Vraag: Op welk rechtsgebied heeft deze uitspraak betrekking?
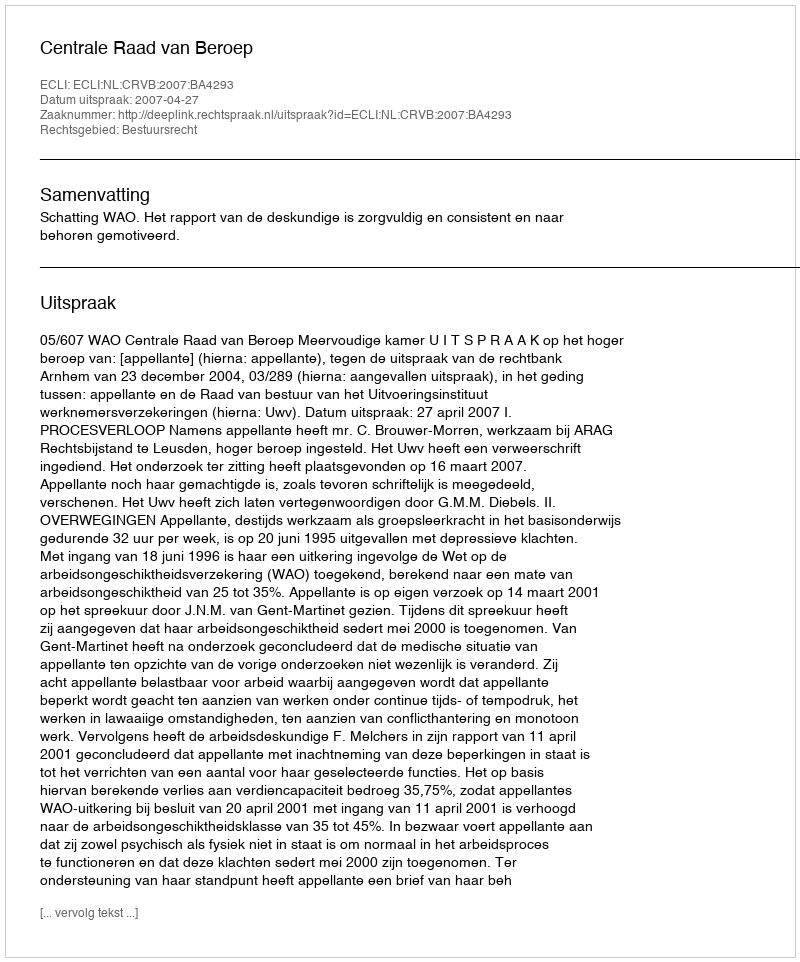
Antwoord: Bestuursrecht